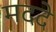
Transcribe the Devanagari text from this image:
मददे